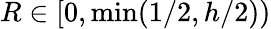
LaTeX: R\in[0,\operatorname*{min}(1/2,h/2))